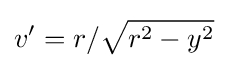
v'=r/{\sqrt {r^{2}-y^{2}}}